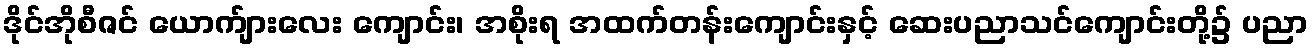
ဒိုင်အိုစီဇင် ယောက်ျားလေး ကျောင်း၊ အစိုးရ အထက်တန်းကျောင်းနှင့် ဆေးပညာသင်ကျောင်းတို့၌ ပညာ